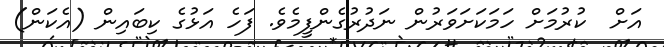
އަށް  ކުރުމަށް ހަމަކަށަވަރުން ނަދުރުގެންފީމެވެ. ފަހެ އަޅުގެ ކިބައިން (އެކަން)